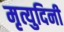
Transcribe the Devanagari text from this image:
मृत्युदिनी